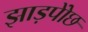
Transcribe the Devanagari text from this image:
झाड़पोेंछ